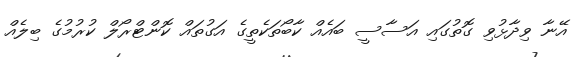
އޭނާ ވިދާޅުވި ގޮތުގައި އަސާސީ ބައެއް ކާބޯތަކެތީގެ އަގުތައް ކޮންޓްރޯލް ކުރުމުގެ ބިލެއް